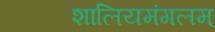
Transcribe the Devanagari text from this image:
शालियमंगलम्‌